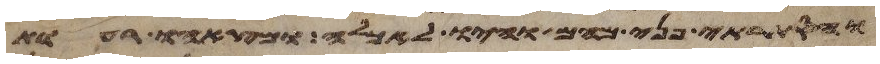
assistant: והסתרתי פני מהם והיו לאכלה ומצאהו רעות